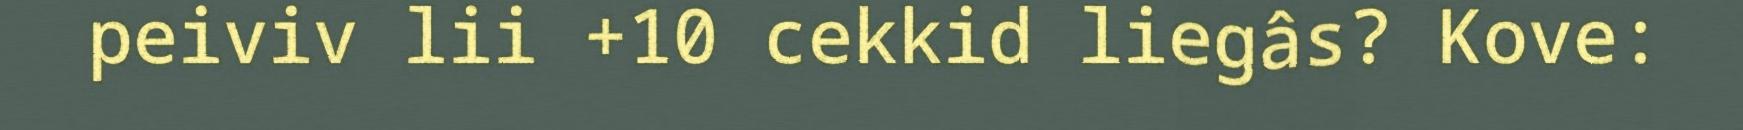
peiviv lii +10 cekkid liegâs? Kove: